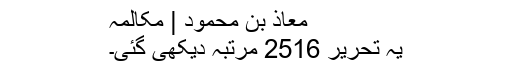
معاذ بن محمود | مکالمہ
یہ تحریر 2516 مرتبہ دیکھی گئی۔